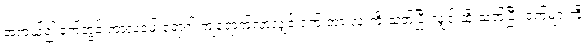
အကယ်၍ ဝက်တွင် ကာလဝမ်းရောဂါ ကျရောက်လာလျှင် ဝက် အားလုံးကို သတ်ပြီးလျှင် ထို သတ်ပြီး ဝက်များကို